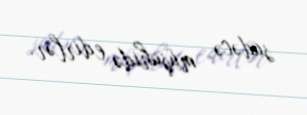
sadəcə, müşahidə edirlər.